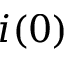
i ( 0 )